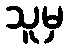
သူမှ